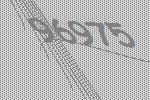
96975